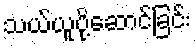
သယ်ယူပို့ဆောင်ခြင်း